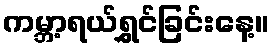
ကမ္ဘာ့ရယ်ရွှင်ခြင်းနေ့။